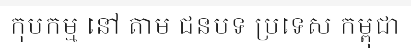
កុបកម្ម នៅ តាម ជនបទ ប្រទេស កម្ពុជា